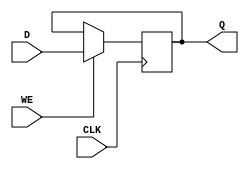
module StoreRegister #(
    parameter WIDTH = 8  // Parameter to define the width of the register
)(
    input wire [WIDTH-1:0] D,    // Data input
    input wire CLK,               // Clock input
    input wire WE,                // Write Enable
    output reg [WIDTH-1:0] Q      // Data output
);

// Sequential logic for the Store Register
always @(posedge CLK) begin
    if (WE) begin
        Q <= D;  // Capture input data when WE is high
    end
    // If WE is low, Q retains its current value
end

// Optional: Initialization on reset (if needed)
// Uncomment the following lines if a reset signal is required
/*
input wire RST;  // Reset signal
always @(posedge CLK or posedge RST) begin
    if (RST) begin
        Q <= 0;  // Initialize register to zero on reset
    end else if (WE) begin
        Q <= D;  // Capture input data when WE is high
    end
end
*/

endmodule